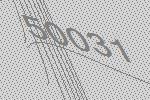
50031